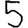
Digit: 5